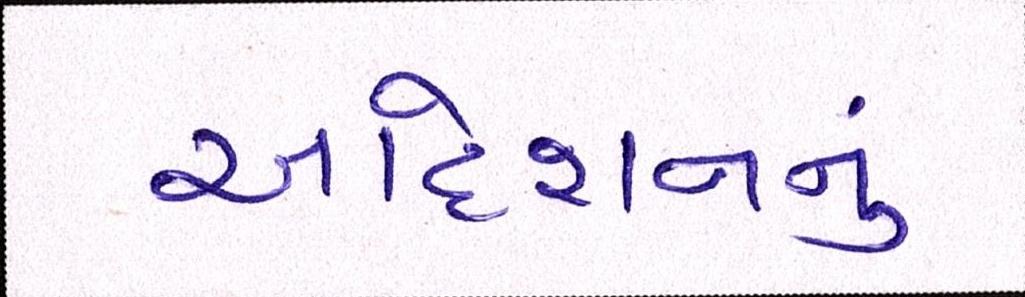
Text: આદેશનનું